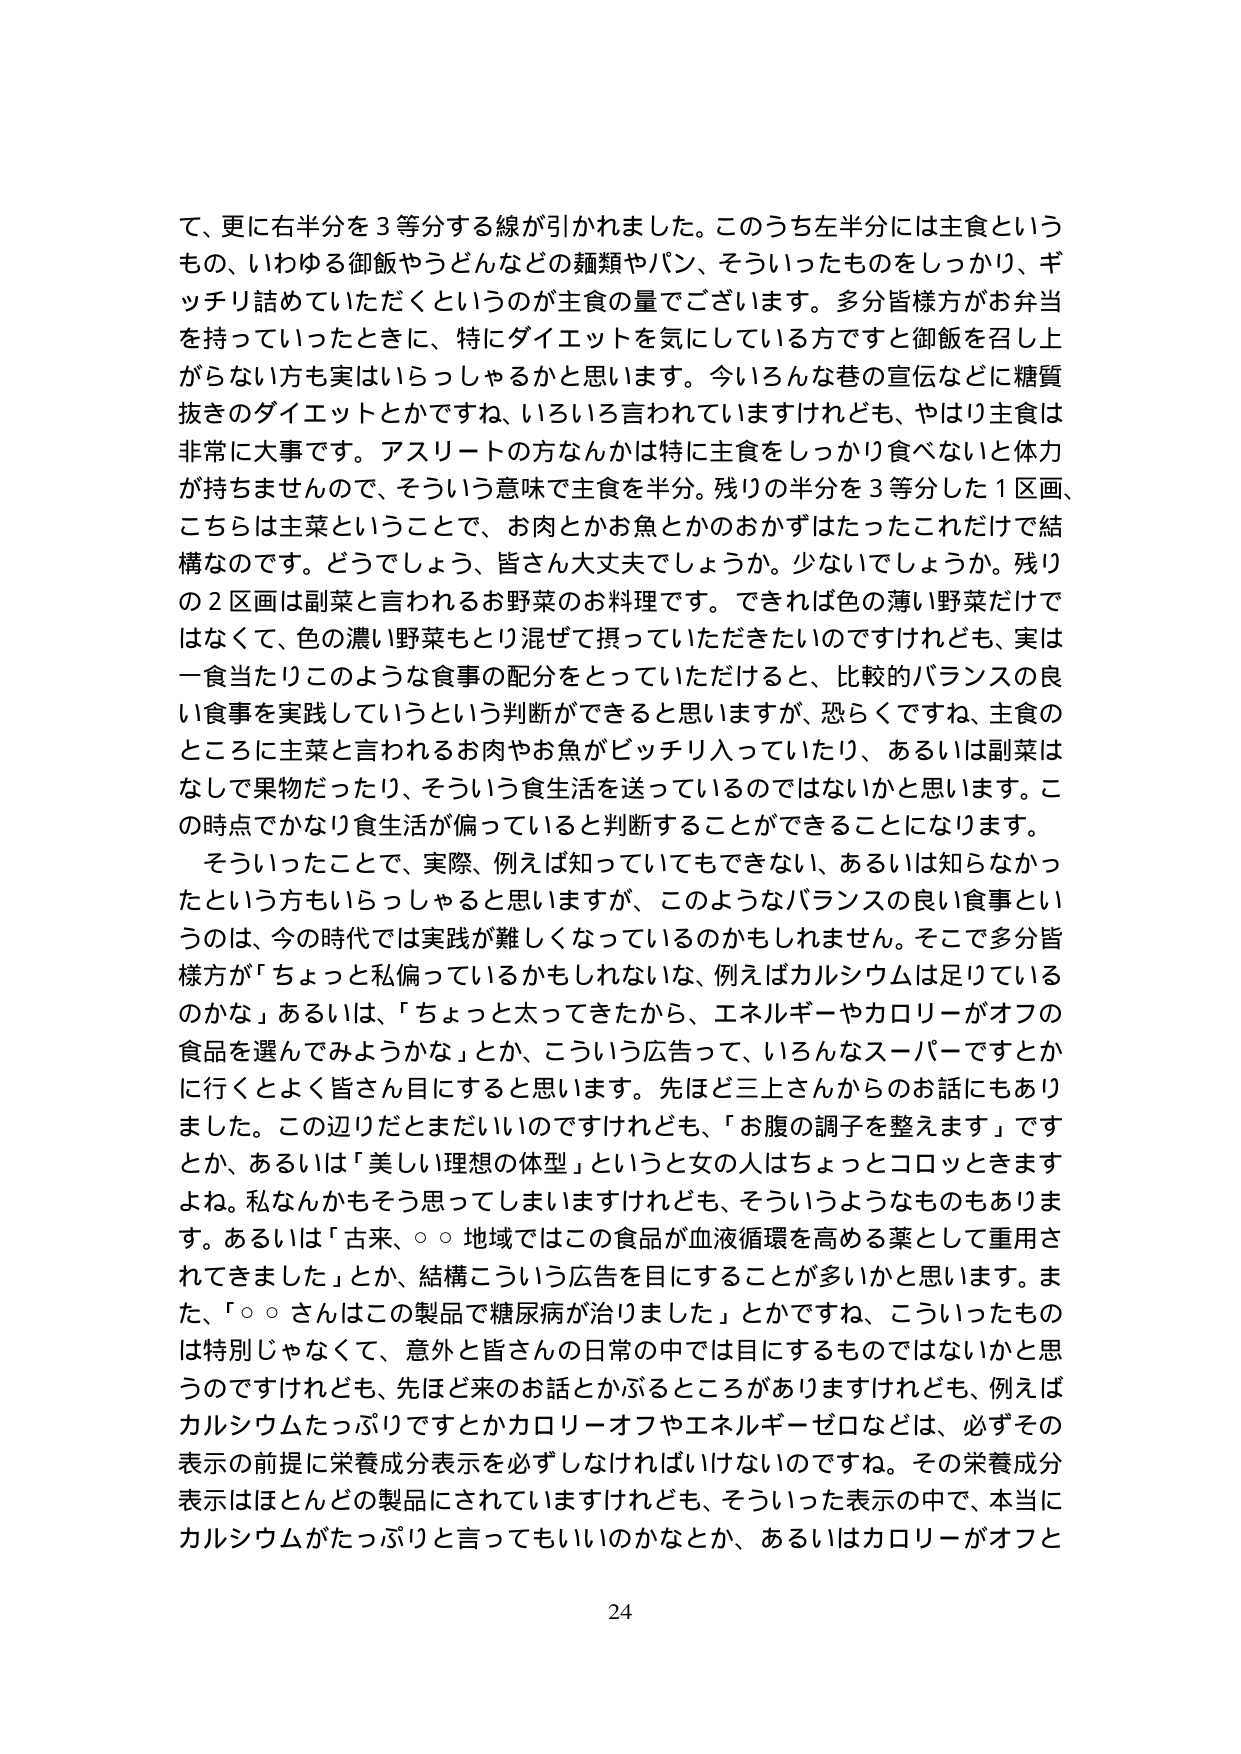
て、更に右半分を３等分する線が引かれました。このうち左半分には主食という
もの、いわゆる御飯やうどんなどの麺類やパン、そういったものをしっかり、ギ
ッチリ詰めていただくというのが主食の量でございます。多分皆様方がお弁当
を持っていったときに、特にダイエットを気にしている方ですと御飯を召し上
がらない方も実はいらっしゃるかと思います。今いろんな巷の宣伝などに糖質
抜きのダイエットとかですね、いろいろ言われていますけれども、やはり主食は
非常に大事です。アスリートの方なんかは特に主食をしっかり食べないと体力
が持ちませんので、そういう意味で主食を半分。残りの半分を３等分した１区画、
こちらは主菜ということで、お肉とかお魚とかのおかずはたったこれだけで結
構なのです。どうでしょう、皆さん大丈夫でしょうか。少ないでしょうか。残り
の２区画は副菜と言われるお野菜のお料理です。できれば色の薄い野菜だけで
はなくて、色の濃い野菜もとり混ぜて摂っていただきたいのですがけれども、実は
一食当たりこのような食事の配分をとっていただけると、比較的バランスの良
い食事を実践していこうという判断ができると思いますが、恐らくですね、主食の
ところに主菜と言われるお肉やお魚がピッチリ入っていたり、あるいは副菜は
なしで果物だったり、そういう食生活を送っているのではないかと思います。こ
の時点でかなり食生活が偏っていると判断することができるようになります。
　そういったことで、実際、例えば知っていてもできない、あるいは知らなかっ
たという方もいらっしゃると思いますが、このようなバランスの良い食事とい
うのは、今の時代では実践が難しくなっているのかもしれません。そこで多分皆
様方が「ちょっと私偏っているかもしれないな、例えばカルシウムは足りている
のかな」あるいは、「ちょっと太ってきたから、エネルギーやカロリーがオフの
食品を選んでみようかな」とか、こういう広告って、いろんなスーパーですとか
に行くとよく皆さん目にすると思います。先ほど三上さんからのお話にもあり
ました。この辺りだとまだいいのですけれども、「お腹の調子を整えます」です
とか、あるいは「美しい理想の体型」というと女の人はずっとコロッときます
よね。私なんかもそう思ってしまいますけれども、そういうようなものもありま
す。あるいは「古来、○○地域ではこの食品が血液循環を高める薬として重用さ
れてきました」とか、結構こういう広告を目にすることが多いかと思います。ま
た、「○○さんはこの製品で糖尿病が治りました」とかですね、こういったもの
は特別じゃなくて、意外と皆さんの日常の中では目にするものではないかと思
うのですけれども、先ほど来のお話とかぶるところがありますけれども、例えば
カルシウムたっぷりですとかカロリーオフやエネルギーゼロなどは、必ずその
表示の前提に栄養成分表示を必ずしなければいけないのですね。その栄養成分
表示はほとんどの製品にされていますけれども、そういった表示の中で、本当に
カルシウムがたっぷりと言ってもいいのかなとか、あるいはカロリーがオフと

24